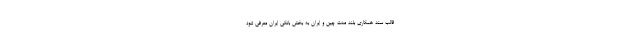
قالب سند همکاری بلند مدت چین و ایران به بخش بانکی ایران معرفی شود